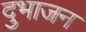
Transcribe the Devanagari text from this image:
दुभाजन